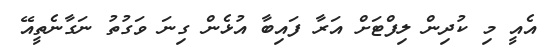
އެއީ މި ކުދިން ލިފްޓަށް އަރާ ފައިބާ އުޅެން ގިނަ ވަގުތު ނަގާނެތީއޭ